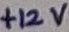
Text: +12V